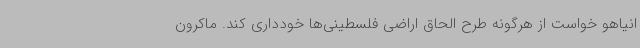
انیاهو خواست از هرگونه طرح الحاق اراضی فلسطینی‌ها خودداری کند. ماکرون